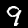
Digit: 9